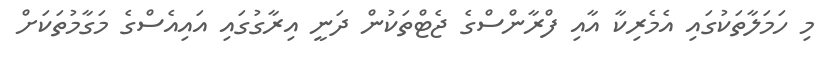
މި ހަމަލާތަކުގައި އެމެރިކާ އާއި ފްރާންސްގެ ޖެޓްތަކުން ދަނީ އިރާގުގައި އައިއެސްގެ މަގާމުތަކަށް